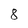
Character: 8